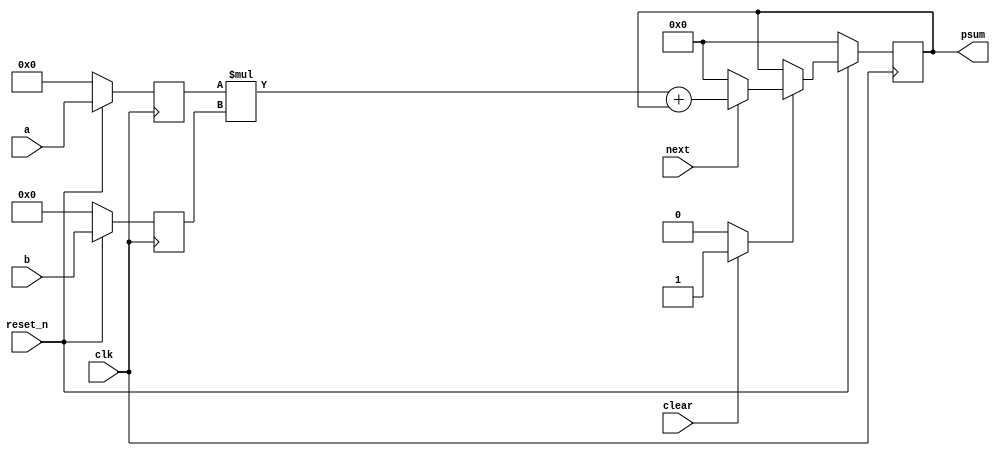
//======================================================================
//
// mulacc2.v
// ---------
// Another experimental implementation. This time with a simple
// multiply-accumulate kernel. This kernel would be instantiated.
// and used iteratively in a Poly1305 core.
// Note that there are hold registers for the operands. In a real
// usage they would be outside of the kernel. They are here to get
// timing not dependent on the I/Os.
//
//
// Copyright (c) 2018, Assured AB
// Joachim Strmbergson
//
// Redistribution and use in source and binary forms, with or
// without modification, are permitted provided that the following
// conditions are met:
//
// 1. Redistributions of source code must retain the above copyright
//    notice, this list of conditions and the following disclaimer.
//
// 2. Redistributions in binary form must reproduce the above copyright
//    notice, this list of conditions and the following disclaimer in
//    the documentation and/or other materials provided with the
//    distribution.
//
// THIS SOFTWARE IS PROVIDED BY THE COPYRIGHT HOLDERS AND CONTRIBUTORS
// "AS IS" AND ANY EXPRESS OR IMPLIED WARRANTIES, INCLUDING, BUT NOT
// LIMITED TO, THE IMPLIED WARRANTIES OF MERCHANTABILITY AND FITNESS
// FOR A PARTICULAR PURPOSE ARE DISCLAIMED. IN NO EVENT SHALL THE
// COPYRIGHT OWNER OR CONTRIBUTORS BE LIABLE FOR ANY DIRECT, INDIRECT,
// INCIDENTAL, SPECIAL, EXEMPLARY, OR CONSEQUENTIAL DAMAGES (INCLUDING,
// BUT NOT LIMITED TO, PROCUREMENT OF SUBSTITUTE GOODS OR SERVICES;
// LOSS OF USE, DATA, OR PROFITS; OR BUSINESS INTERRUPTION) HOWEVER
// CAUSED AND ON ANY THEORY OF LIABILITY, WHETHER IN CONTRACT,
// STRICT LIABILITY, OR TORT (INCLUDING NEGLIGENCE OR OTHERWISE)
// ARISING IN ANY WAY OUT OF THE USE OF THIS SOFTWARE, EVEN IF
// ADVISED OF THE POSSIBILITY OF SUCH DAMAGE.
//
//======================================================================

module mulacc2(
               input wire           clk,
               input wire           reset_n,

               input wire           clear,
               input wire           next,

               input wire [25 : 0]  a,
               input wire [28 : 0]  b,
               output wire [58 : 0] psum
              );


  //----------------------------------------------------------------
  // Registers including update variables and write enable.
  //----------------------------------------------------------------
  reg [25 : 0] a_reg;
  reg [28 : 0] b_reg;

  reg [58 : 0] psum_reg;
  reg [58 : 0] psum_new;
  reg          psum_we;


  //----------------------------------------------------------------
  // Concurrent connectivity for ports etc.
  //----------------------------------------------------------------
  assign psum = psum_reg;


  //----------------------------------------------------------------
  // reg_update
  //
  // Update functionality for all registers in the core.
  // All registers are positive edge triggered with synchronous
  // active low reset.
  //----------------------------------------------------------------
  always @ (posedge clk)
    begin : reg_update
      if (!reset_n)
        begin
          a_reg    <= 26'h0;
          b_reg    <= 29'h0;
          psum_reg <= 59'h0;
        end
      else
        begin
          a_reg <= a;
          b_reg <= b;

          if (psum_we)
            psum_reg <= psum_new;
        end
    end // reg_update


  //----------------------------------------------------------------
  // mac_logic
  //----------------------------------------------------------------
  always @*
    begin : mac_logic
      psum_new = 59'h0;
      psum_we  = 0;

      if (clear)
        begin
          psum_new = 59'h0;
          psum_we  = 1;
        end

      if (next)
        begin
          psum_new = (a_reg * b_reg) + psum_reg;
        end
    end

endmodule // poly1305_mulacc

//======================================================================
// EOF mulacc2.v
//======================================================================